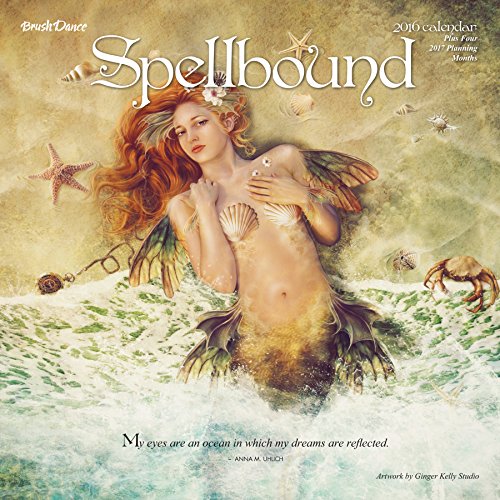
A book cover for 2016 Spellbound Wall Calendar; Brush Dance and Ginger Kelly; Calendars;